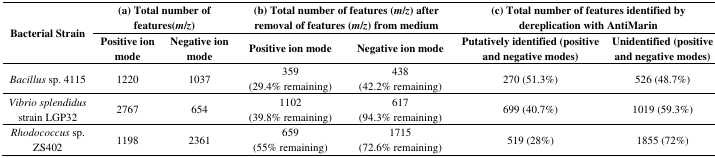
| <ROWSPAN=2> Bacterial Strain | <COLSPAN=2> (a) Total number of features (m/z) | <COLSPAN=2> (b) Total number of features (m/z) after removal of features (m/z) from medium | <COLSPAN=2> (c) Total number of features identified by dereplication with AntiMarin |
 | Positive ion mode | Negative ion mode | Positive ion mode | Negative ion mode | Putatively identified (positive and negative modes) | Unidentified (positive and negative modes) |
 | --- | --- | --- | --- | --- | --- | --- |
 | Bacillus sp. 4115 | 1220 | 1037 | 359(29.4% remaining) | 438(42.2% remaining) | 270 (51.3%) | 526 (48.7%) |
 | Vibrio splendidus strain LGP32 | 2767 | 654 | 1102(39.8% remaining) | 617(94.3% remaining) | 699 (40.7%) | 1019 (59.3%) |
 | Rhodococcus sp. ZS402 | 1198 | 2361 | 659(55% remaining) | 1715(72.6% remaining) | 519 (28%) | 1855 (72%) |